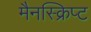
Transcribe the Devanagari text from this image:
मैनस्क्रिप्ट